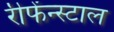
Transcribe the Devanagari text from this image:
रीफेंन्स्टाल